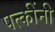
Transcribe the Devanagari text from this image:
पत्कींनी